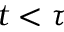
t < \tau